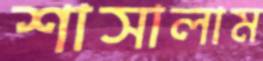
শাসালাম